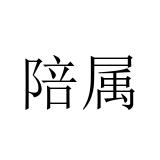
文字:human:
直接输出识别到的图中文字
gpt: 陪属